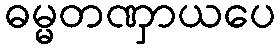
ဓမ္မတဏှာယပေ